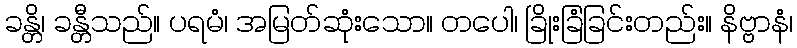
ခန္တိ၊ ခန္တီသည်။ ပရမံ၊ အမြတ်ဆုံးသော။ တပေါ၊ ခြိုးခြံခြင်းတည်း။ နိဗ္ဗာနံ၊